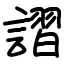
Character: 謵